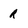
Character: R